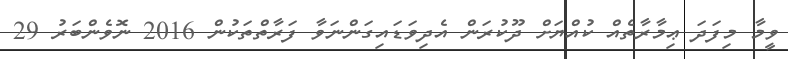
ވީމާ މިފަދަ ޢިމާރާތެއް ކުއްޔަށް ދޫކުރަން އެދިވަޑައިގަންނަވާ ފަރާތްތަކުން 2016 ނޮވެންބަރު 29